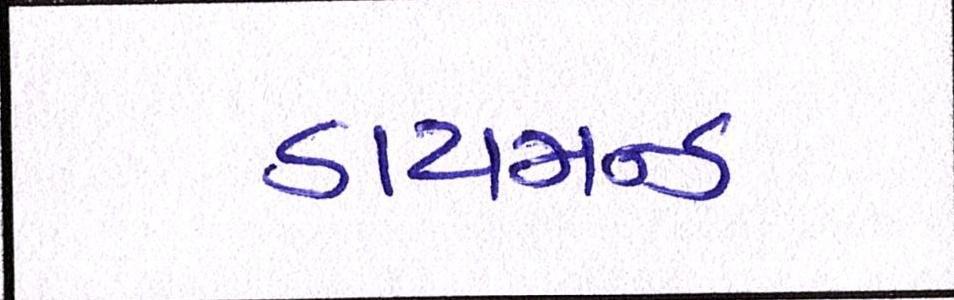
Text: ડાયમન્ડ